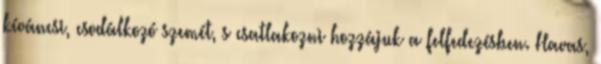
kíváncsi, csodálkozó szemét, s csatlakozni hozzájuk a felfedezésben. Havas,